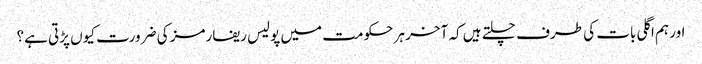
اور ہم اگلی بات کی طرف چلتے ہیں کہ آخر ہر حکومت میں پولیس ریفارمز کی ضرورت کیوں پڑتی ہے؟